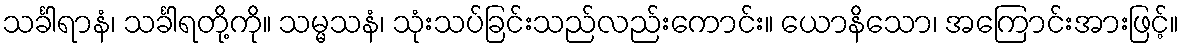
သင်္ခါရာနံ၊ သင်္ခါရတို့ကို။ သမ္မသနံ၊ သုံးသပ်ခြင်းသည်လည်းကောင်း။ ယောနိသော၊ အကြောင်းအားဖြင့်။